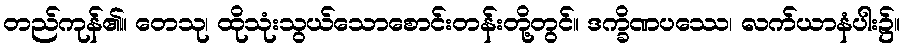
တည်ကုန်၏။ တေသု၊ ထိုသုံးသွယ်သောစောင်းတန်းတို့တွင်။ ဒက္ခိဏပဿေ၊ လက်ယာနံပါး၌။